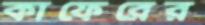
কাফেরের